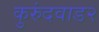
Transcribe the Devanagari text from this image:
कुरुंदवाड२